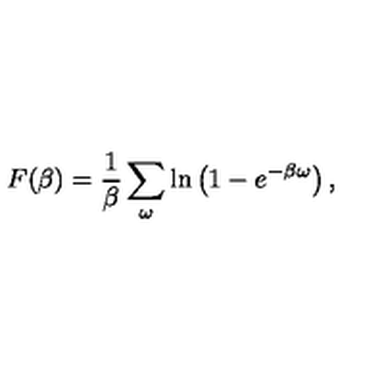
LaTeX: F ( \beta ) = { \frac { 1 } { \beta } } \sum _ { \omega } \ln \left( 1 - e ^ { - \beta \omega } \right) ,